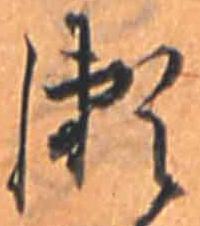
瀬